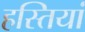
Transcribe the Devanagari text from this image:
हस्‍तियां